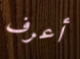
أعرف